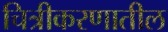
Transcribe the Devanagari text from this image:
चित्रीकरणातील